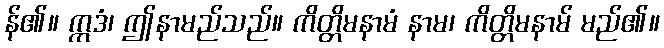
န်၏။ ဣဒံ၊ ဤနာမည်သည်။ ကိတ္တိမနာမံ နာမ၊ ကိတ္တိမနာမ် မည်၏။